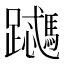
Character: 𬧜